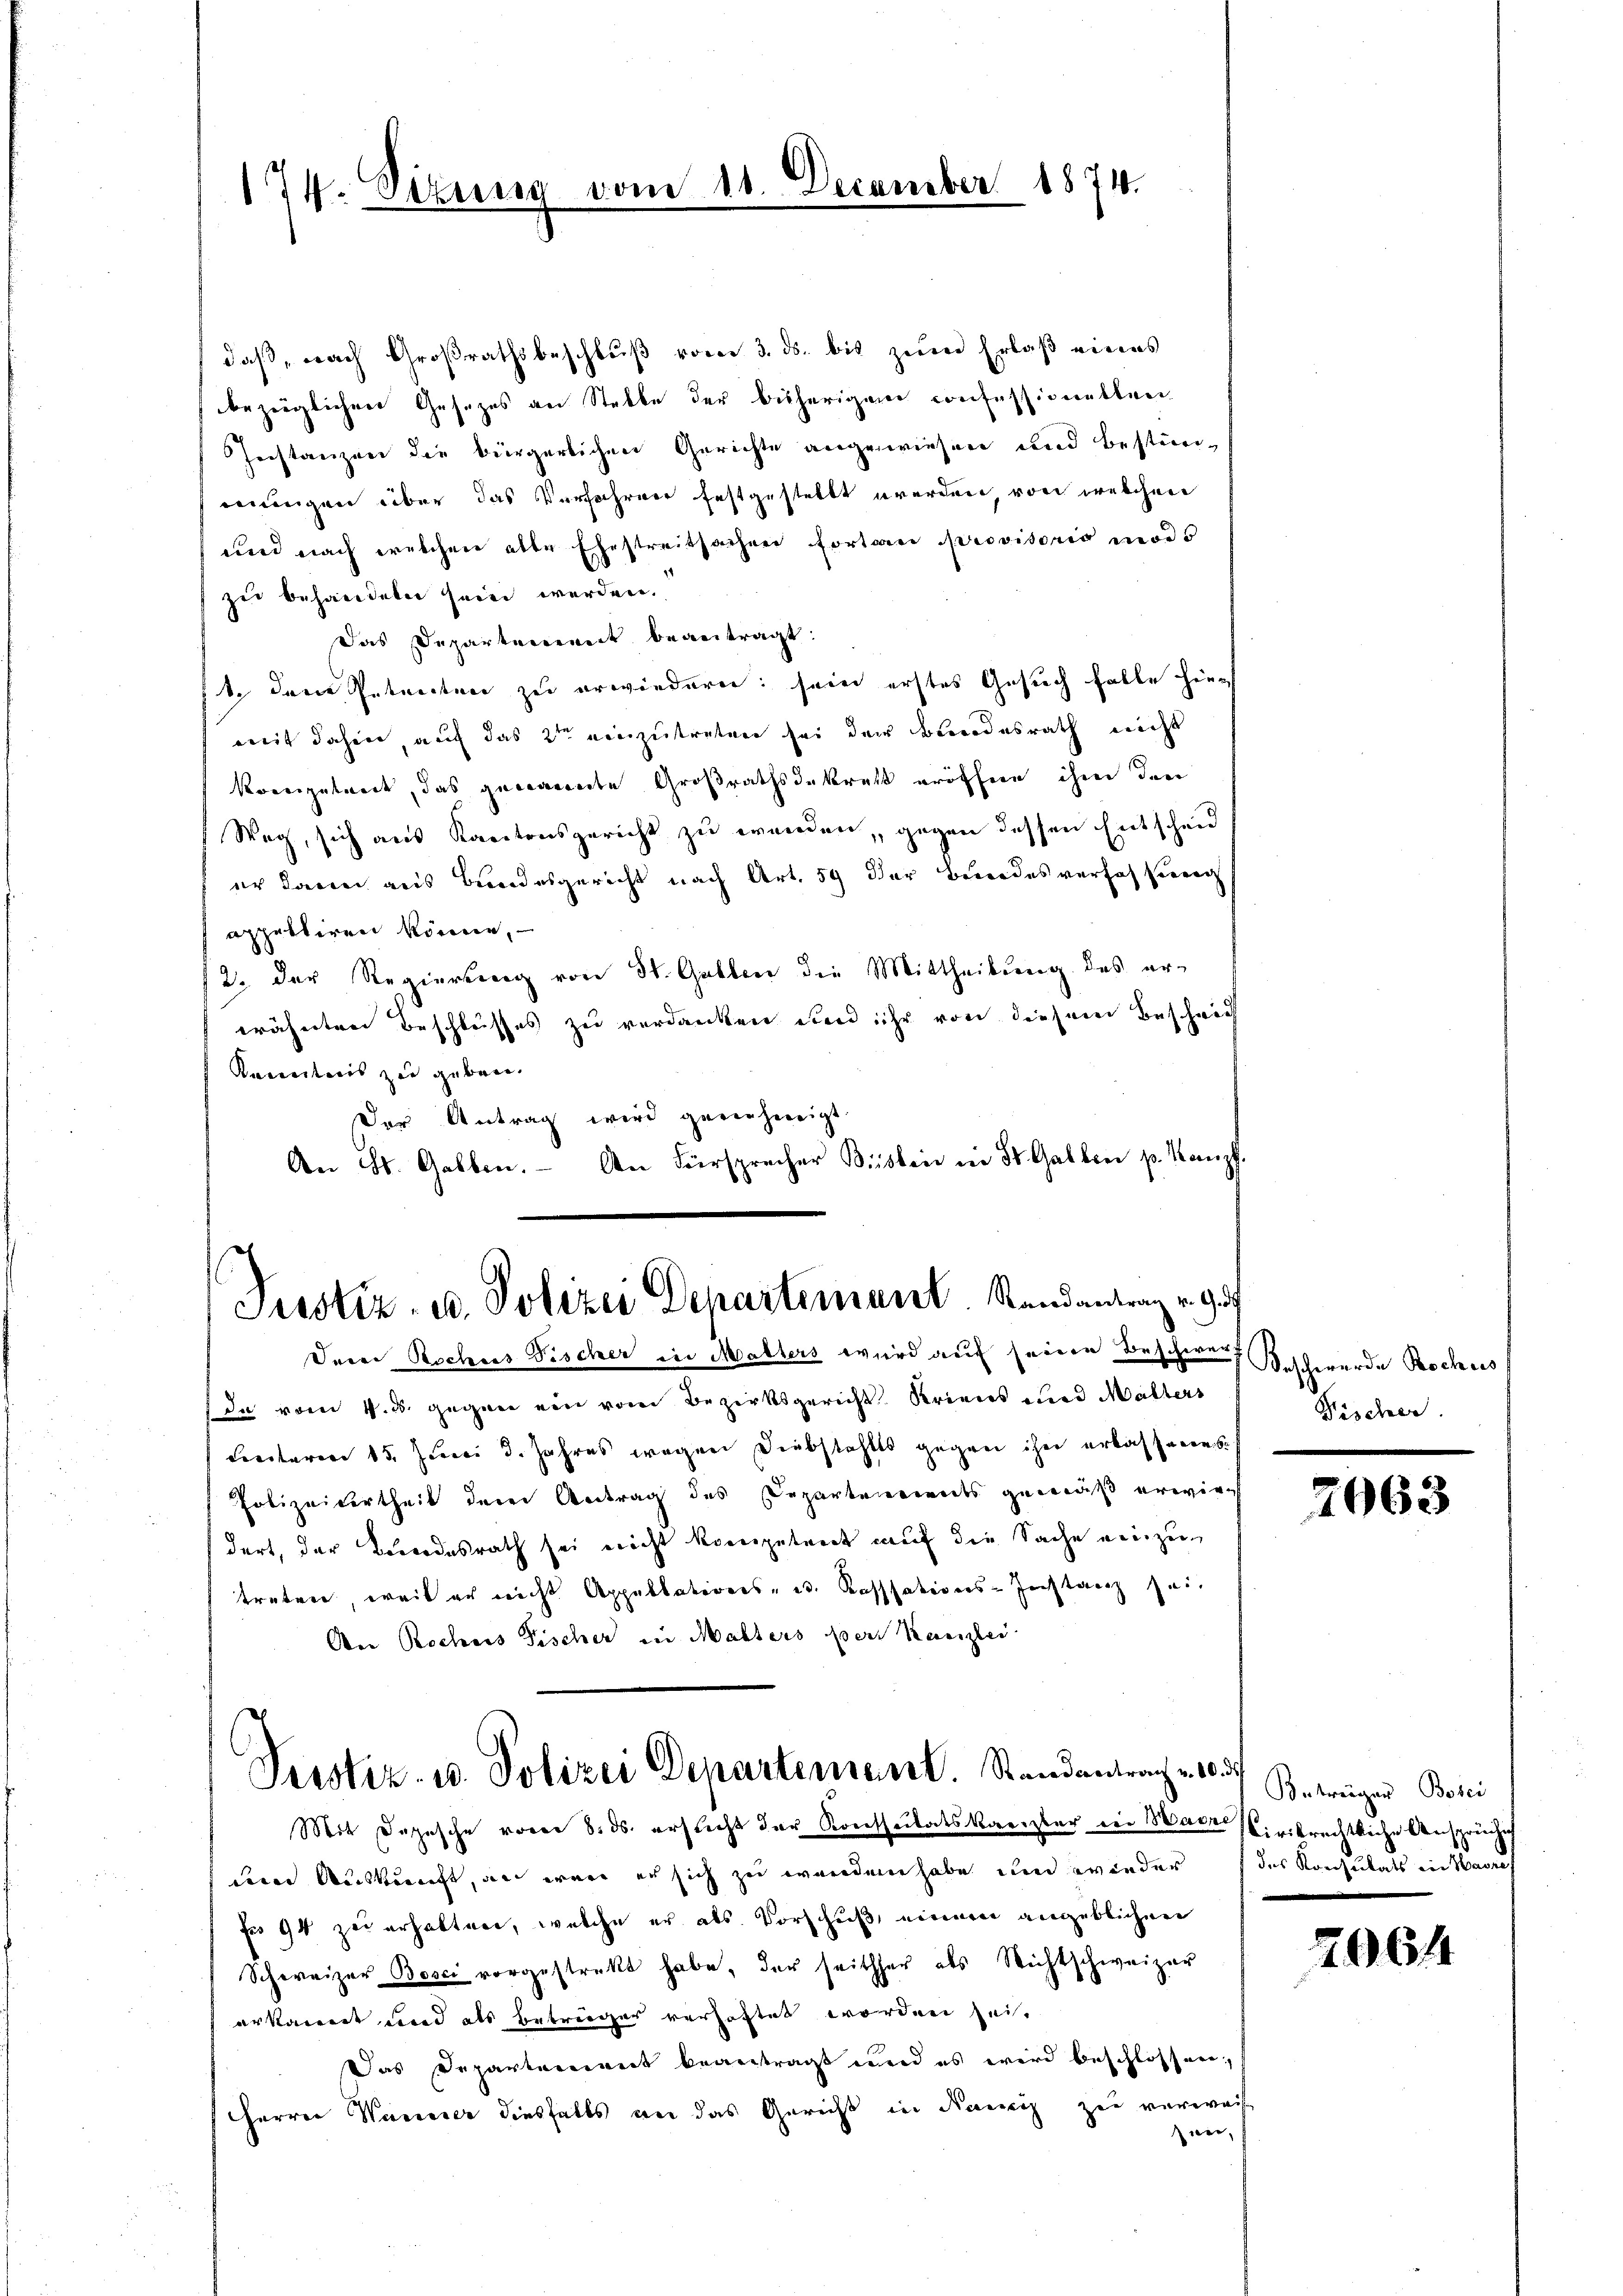
174. Sizung vom 11. December 1874.

daß, nach Großrathsbeschluß vom 3. ds. bis zum Erlaß eines
bezüglichen Gesetzes an Stelle der bisherigem Confessiventen
Ienstanzen die bürgerlichen Gerichte angewiesen und bestimmungen über das Verfahren festgestellt werden, von welchen
und nach welchen alte Ehestreitsachen fortan provisoris modo
zu behandeln sein werden.
Das Departement beantragt.
1. Den Petenten zu erwiedern: sein erstes Gesuch falle hier
weit dahin, auf das 2ten einzutreten sei der Bundesrath nicht
Koreizutreit, das gewandte Großrathsdekrett eröffne ihm den
Weg, sich aus Kantonsgericht zu wenden, gegen dessen Entscheid
er darin aus Bundesgericht nach Art. 59 der Brodes versah sich
appelliren könne,
2. der Regierung von St. Gallen die Mittheilung des ererähnten Beschlusses zu verdanken und ihr von diesem Beschrich
Kenntnis zu geben.
Der Antrag wird gerechneigt.
An St. Gallen. An Fürsprecher Besten in St. Gallen p. Kanzl

Deier Rochus Fischer in Matters wird auf seine Beschwerf Beschwerde Rochus
da vom 4. ds. gegen ein vom Bezirksgericht Kriens und Malters
Secetaria 15. Juni d. Jahres wegen Diebstahls gegen ihn erkassenen sich
Polizeitertheil deren Antrag des Departemendes gemäß erwiegt
dert, der Landesrath sei nicht kompetent auf die Sache einzutreten, weil er nicht Appellations- u. Kasssations-Instanz sei.
An Rochues Fischer in Malters pers Kanzlei
Pustiz- u. Polizei Departement. Standentrache 10. Betragen Boni
Mit Depesche vorer 8. ds. ersticht der Konssitatskanzler ein Bade s. rikrechtliche Ansprüche
derer Auskunft, an war er sich zu werden habe und wieder das Konsulats in Havres
für 94 zu erhalten, welche er als Vorschuß, einem angeblichen
Schweizer Boser vorgestrekt habe, der seither als Nichtschweizer
erkannt und als Betrüger verhaftet worden sei.
Das Departement beantragt und es wird beschlossen;
Herrn Waneser diesfalls an das Gericht in Rang zu verweis
zwer,

Justiz- u. Polizei Departement. Randantrag v. Got

Bischer.

2063

2964